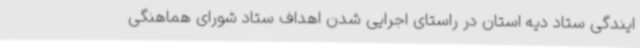
ایندگی ستاد دیه استان در راستای اجرایی شدن اهداف ستاد شورای هماهنگی